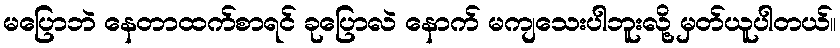
မပြောဘဲ နေတာထက်စာရင် ခုပြောလဲ နောက် မကျသေးပါဘူးလို့ မှတ်ယူပါတယ်။